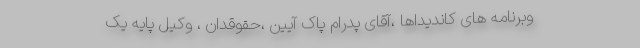
وبرنامه های کاندیداها ،آقای پدرام پاک آیین ،حقوقدان ، وکیل پایه یک